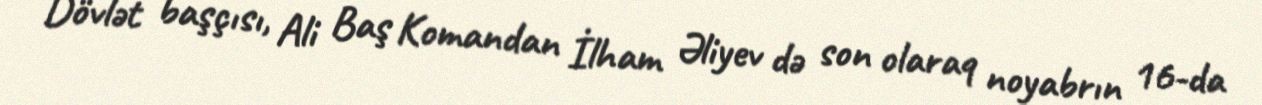
Dövlət başçısı, Ali Baş Komandan İlham Əliyev də son olaraq noyabrın 16-da